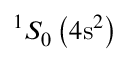
^ 1 S _ { 0 } \left( 4 \mathrm { s } ^ { 2 } \right)